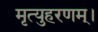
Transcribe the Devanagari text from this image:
मृत्युहरणम्‌।